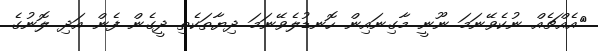
އެއްޗެއް ނުކެވޭނަމަ ނޫނީ މާގިނައިން ހޮނޑުލެވޭނަމަ ދިޔާތަކެތި ދީގެން ފެން އަދި ލޮނުގެ